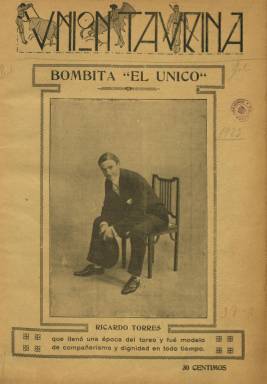
Título: Unión taurina
Otros títulos: Vnión tavrina
Colección: Toros
Ámbito geográfico: Madrid
Lugar de publicación: Madrid
Fechas: 29/03/1923-20/06/1923